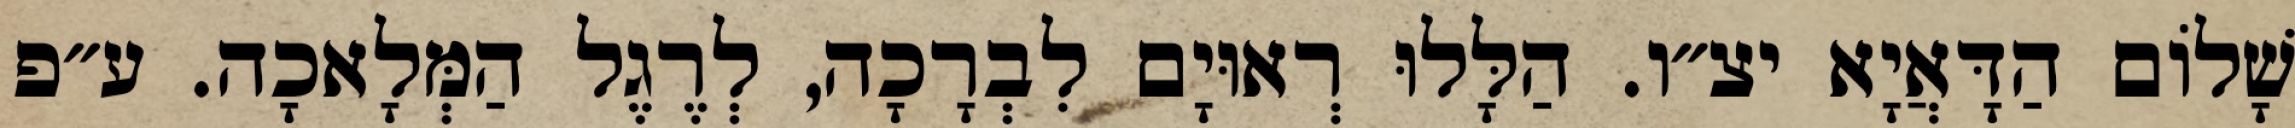
שָׁלוֹם הַדָּאֲיָא יצ״ו. הַלָּלוּ רְאוּיָם לִבְרָכָה, לְרֶגֶל הַמְּלָאכָה. ע״פ